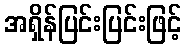
အရှိန်ပြင်းပြင်းဖြင့်